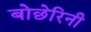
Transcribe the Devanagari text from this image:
बोछेरिनी